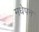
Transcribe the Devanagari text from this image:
मधेपन